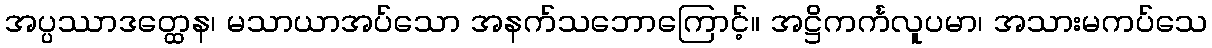
အပ္ပဿာဒတ္ထေန၊ မသာယာအပ်သော အနက်သဘောကြောင့်။ အဋ္ဌိကင်္ကလူပမာ၊ အသားမကပ်သေ